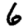
Digit: 6